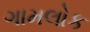
ગામલોક